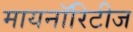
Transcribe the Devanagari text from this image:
मायनाॅरिटीज